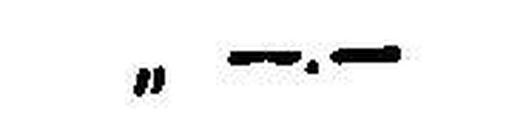
„ —.—